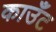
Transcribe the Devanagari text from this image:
काउँट